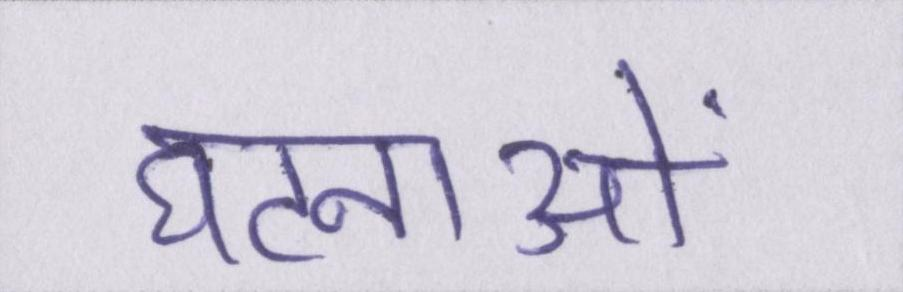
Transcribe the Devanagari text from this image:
घटनाओं